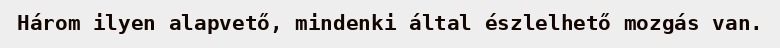
Három ilyen alapvető, mindenki által észlelhető mozgás van.